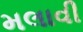
મલાવી